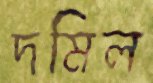
দমিল